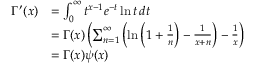
{ \begin{array} { r l } { \Gamma ^ { \prime } ( x ) } & { = \int _ { 0 } ^ { \infty } t ^ { x - 1 } e ^ { - t } \ln t \, d t } \\ & { = \Gamma ( x ) \left( \sum _ { n = 1 } ^ { \infty } \left( \ln \left( 1 + { \frac { 1 } { n } } \right) - { \frac { 1 } { x + n } } \right) - { \frac { 1 } { x } } \right) } \\ & { = \Gamma ( x ) \psi ( x ) } \end{array} }